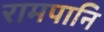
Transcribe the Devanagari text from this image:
रामपानि